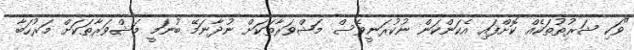
"ވަކި ޝަރުތުތަކެއް ކޮށްފައި އެކަންކަން ނުކުރަނީވެސް މަޝްވަރާތަކަށް ނުދާނަމޭ ބުނަމީ މަޝްވަރާތަކަށް މަރުހަބާ